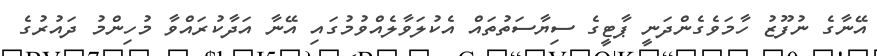
އޭނާގެ ނުފޫޒު ހާމަވެގެންދަނީ ޕާޓީގެ ސިޔާސަތުތައް އެކުލަވާލެއްވުމުގައި އޭނާ އަދާކުރައްވާ މުހިންމު ދައުރުގެ